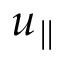
u _ { \parallel }